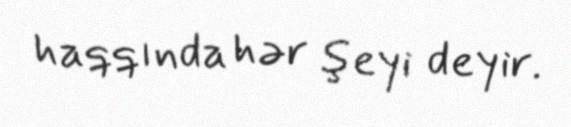
haqqında hər şeyi deyir.